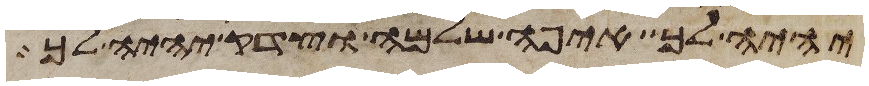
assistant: יהיה לך איפה שלמה וצדק יהיה לך